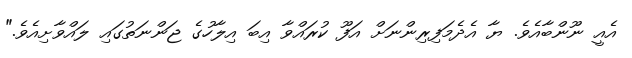
އެއީ ނޫންބާއެވެ. ޔާ އެދެމަފިރިންނަށް އަފޫ ކުރައްވާ އިބަ އިލާހުގެ ޖަންނަތުގައި ލައްވާށިއެވެ."